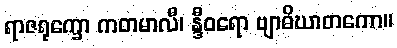
ရာဇရုက္ခော ကတမာလီ၊ န္ဒီဝရော ဗျာဓိဃာတကော။